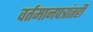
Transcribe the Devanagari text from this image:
वर्तमानपत्रांतही